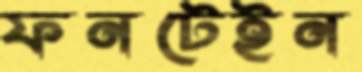
ফনটেইন